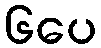
၆ပေ